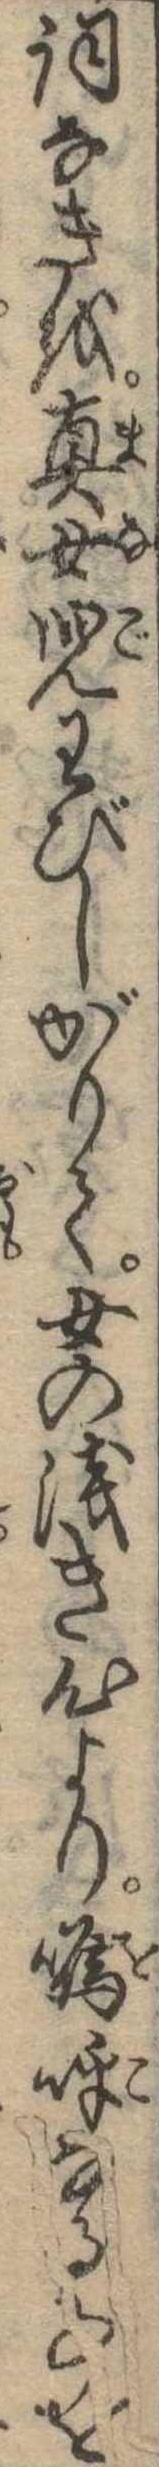
詞なきを真女児わびしがりて女の浅き心より鳴呼なる事を